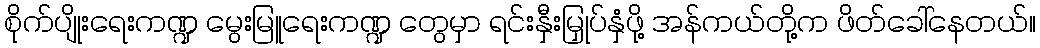
စိုက်ပျိုးရေးကဏ္ဍ မွေးမြူရေးကဏ္ဍ တွေမှာ ရင်းနှီးမြှုပ်နှံဖို့ အန်ကယ်တို့က ဖိတ်ခေါ်နေတယ်။